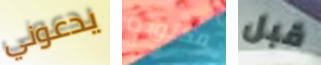
يدعوني مكتوبة قبل